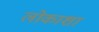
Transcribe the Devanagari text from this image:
लोकाशा